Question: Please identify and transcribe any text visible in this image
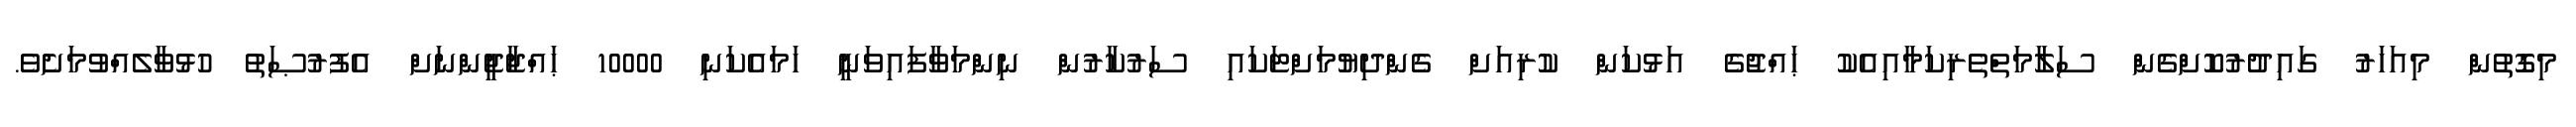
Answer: މިގޮތުން މިއަހަރު ގައިދުރުކޮށްގެން ސަލާމަތްތެރިކަމާއިއެކު ޙައްޖުގެ އަޅުކަން ކުރިއަށް ގެންދިޔުމަށްޓަކައި ސަރުކާރުން ނިންމަވާފައިވަނީ ހަމައެކަނި 10000 ޙައްޖާޖީންނަށް އެފުރުޞަތު ހުޅުވާލެއްވުމަށެވެ.